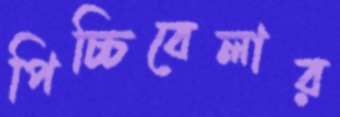
পিচ্চিবেলার